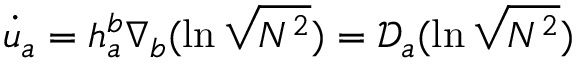
\dot { u } _ { a } = h _ { a } ^ { b } \nabla _ { b } ( \ln \sqrt { N ^ { 2 } } ) = \mathscr { D } _ { a } ( \ln \sqrt { N ^ { 2 } } )